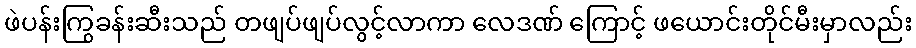
ဖဲပန်းကြွခန်းဆီးသည် တဖျပ်ဖျပ်လွင့်လာကာ လေဒဏ် ကြောင့် ဖယောင်းတိုင်မီးမှာလည်း